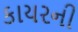
કાયરની